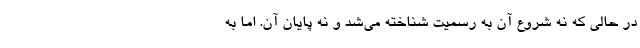
در حالی که نه شروع آن به رسمیت شناخته می‌شد و نه پایان آن. اما به